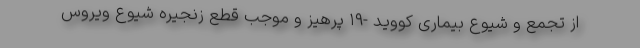
از تجمع و شیوع بیماری کووید -۱۹ پرهیز و موجب قطع زنجیره شیوع ویروس